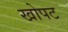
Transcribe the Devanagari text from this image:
खोपट